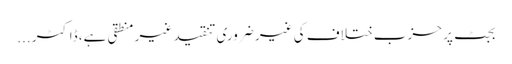
بجٹ پر حزب ختلاف کی غیر ضروری تنقید غیر منطقی ہے، ڈاکٹر ...